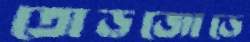
তোড়জোড়ে